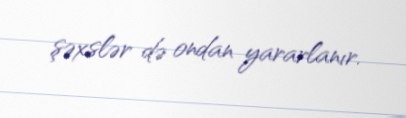
şəxslər də ondan yararlanır.